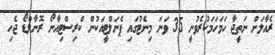
ރެއާލަށް ނަތީޖާ ހަމަހަމަކުރެވުނީ 35 ވަނަ މިނެޓުގައި ޕެނަލްޓީއަކުން ކްރިސްޓިއާނޯ ރޮނާލްޑޯ ޖެހި